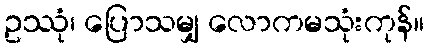
ဥဿုံ၊ ပြောသမျှ လောကမသုံးကုန်။